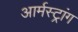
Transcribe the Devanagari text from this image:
आर्मस्‍ट्रांग